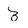
Character: 3